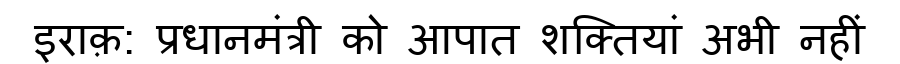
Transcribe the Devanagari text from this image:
इराक़: प्रधानमंत्री को आपात शक्तियां अभी नहीं